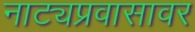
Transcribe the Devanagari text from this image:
नाट्यप्रवासावर